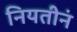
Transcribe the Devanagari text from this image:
नियतीनं